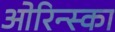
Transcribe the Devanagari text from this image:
ओरिन्स्का